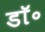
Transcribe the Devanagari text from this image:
डाॅ॰